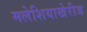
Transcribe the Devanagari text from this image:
मलेशियाखेरीज